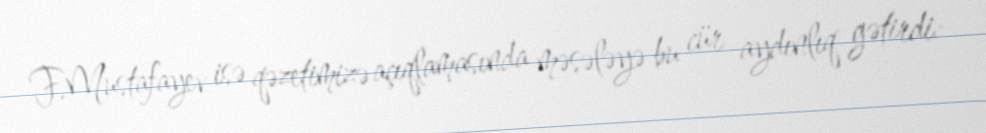
F.Mustafayev isə qəzetimizə açıqlamasında məsələyə bu cür aydınlıq gətirdi: